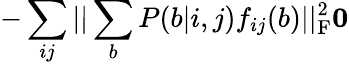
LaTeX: -\sum_{ij}||\sum_{b}P(b|i,j)f_{ij}(b)||_{\mathrm{F}}^{2}\le 0